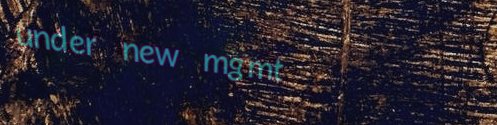
under new mgmt